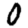
Digit: 0